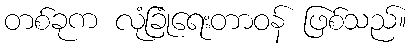
တစ်ခုက လုံခြုံရေးတာဝန် ဖြစ်သည်။